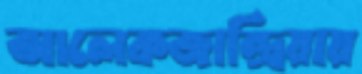
আলেকজান্দ্রিয়ায়